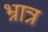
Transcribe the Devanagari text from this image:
भ्रात्र